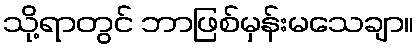
သို့ရာတွင် ဘာဖြစ်မှန်းမသေချာ။